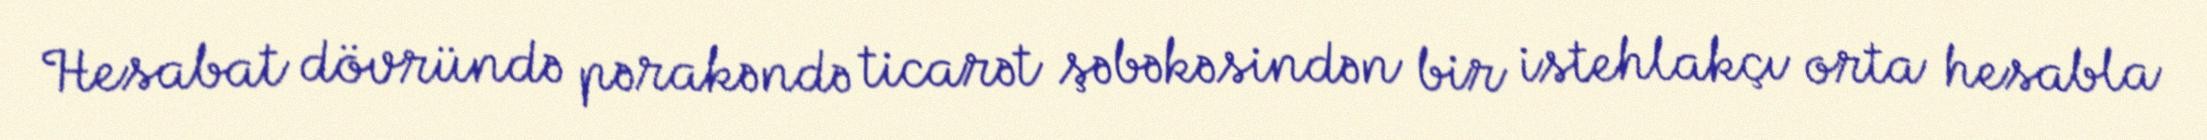
Hesabat dövründə pərakəndə ticarət şəbəkəsindən bir istehlakçı orta hesabla